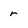
Character: r